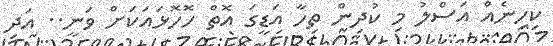
ކިހިނެއް އަސްލު މި ކުދިން ތިހާ އަޑީގަ އޮތް ހޮހޮޅައަކަށް ވަނީ.. އަދި